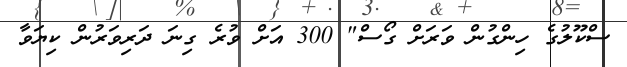
ސްކޫލުގެ ހިންގުން ވަރަށް ގޯސް" 300 އަށް ވުރެ ގިނަ ދަރިވަރުން ކިޔަވާ